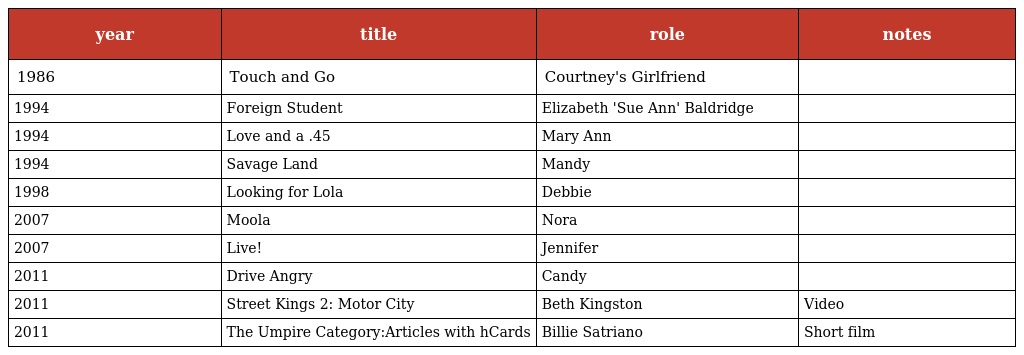
| year | title | role | notes |
 | --- | --- | --- | --- |
 | 1986 | Touch and Go | Courtney's Girlfriend |  |
 | 1994 | Foreign Student | Elizabeth 'Sue Ann' Baldridge |  |
 | 1994 | Love and a .45 | Mary Ann |  |
 | 1994 | Savage Land | Mandy |  |
 | 1998 | Looking for Lola | Debbie |  |
 | 2007 | Moola | Nora |  |
 | 2007 | Live! | Jennifer |  |
 | 2011 | Drive Angry | Candy |  |
 | 2011 | Street Kings 2: Motor City | Beth Kingston | Video |
 | 2011 | The Umpire Category:Articles with hCards | Billie Satriano | Short film |